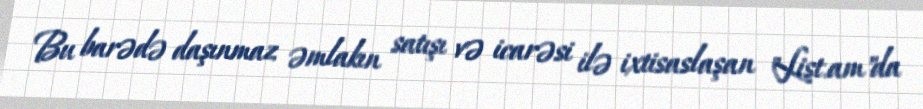
Bu barədə daşınmaz əmlakın satışı və icarəsi ilə ixtisaslaşan "List.am"da